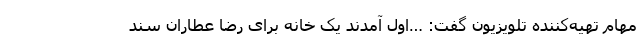
مهام تهیه‌کننده تلویزیون گفت: …اول آمدند یک خانه برای رضا عطاران سند